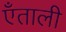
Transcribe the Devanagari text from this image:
एँताली